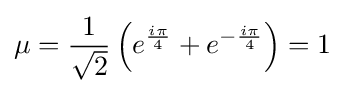
\mu ={\frac {1}{\sqrt {2}}}\left(e^{\frac {i\pi }{4}}+e^{-{\frac {i\pi }{4}}}\right)=1